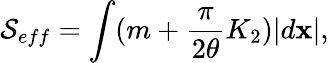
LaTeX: {\cal S}_{eff}=\int(m+{\frac{\pi}{2\theta}}K_{2})|d{\mathbf x}|,